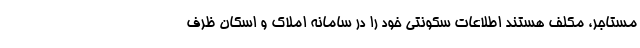
مستاجر، مکلف هستند اطلاعات سکونتی خود را در سامانه املاک و اسکان ظرف